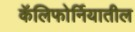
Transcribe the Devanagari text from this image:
कॅलिफाेर्नियातील